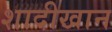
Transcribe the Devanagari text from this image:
शादीखान